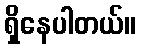
ရှိနေပါတယ်။